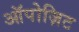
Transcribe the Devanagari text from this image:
ऑपोज़िट